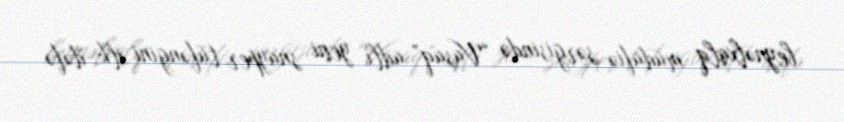
beynəlxalq müdafiə sərgisində “Vaşaq” adlı yeni snayper tüfəngini ilk dəfə